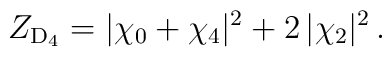
Z_{\mathrm{D}_4} = |\chi_0+\chi_4|^2 + 2\,|\chi_2|^2 \,.